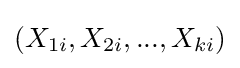
(X_{1i},X_{2i},...,X_{ki})